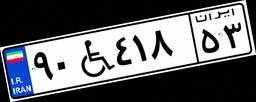
۹۰W۴۱۸۵۳